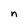
Character: n